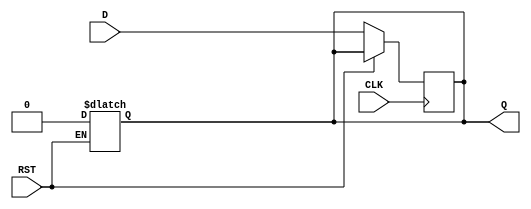
module StoreRegister (
    input wire D,        // Data Input
    input wire CLK,      // Clock signal
    input wire RST,      // Asynchronous Reset
    output reg Q         // Data Output
);

// Asynchronous Reset and Synchronous Storage
always @(*) begin
    if (RST) begin
        Q <= 1'b0;       // Reset the output to 0
    end
end

always @(posedge CLK) begin
    if (!RST) begin
        Q <= D;          // Capture the input data on clock's rising edge
    end
end

endmodule